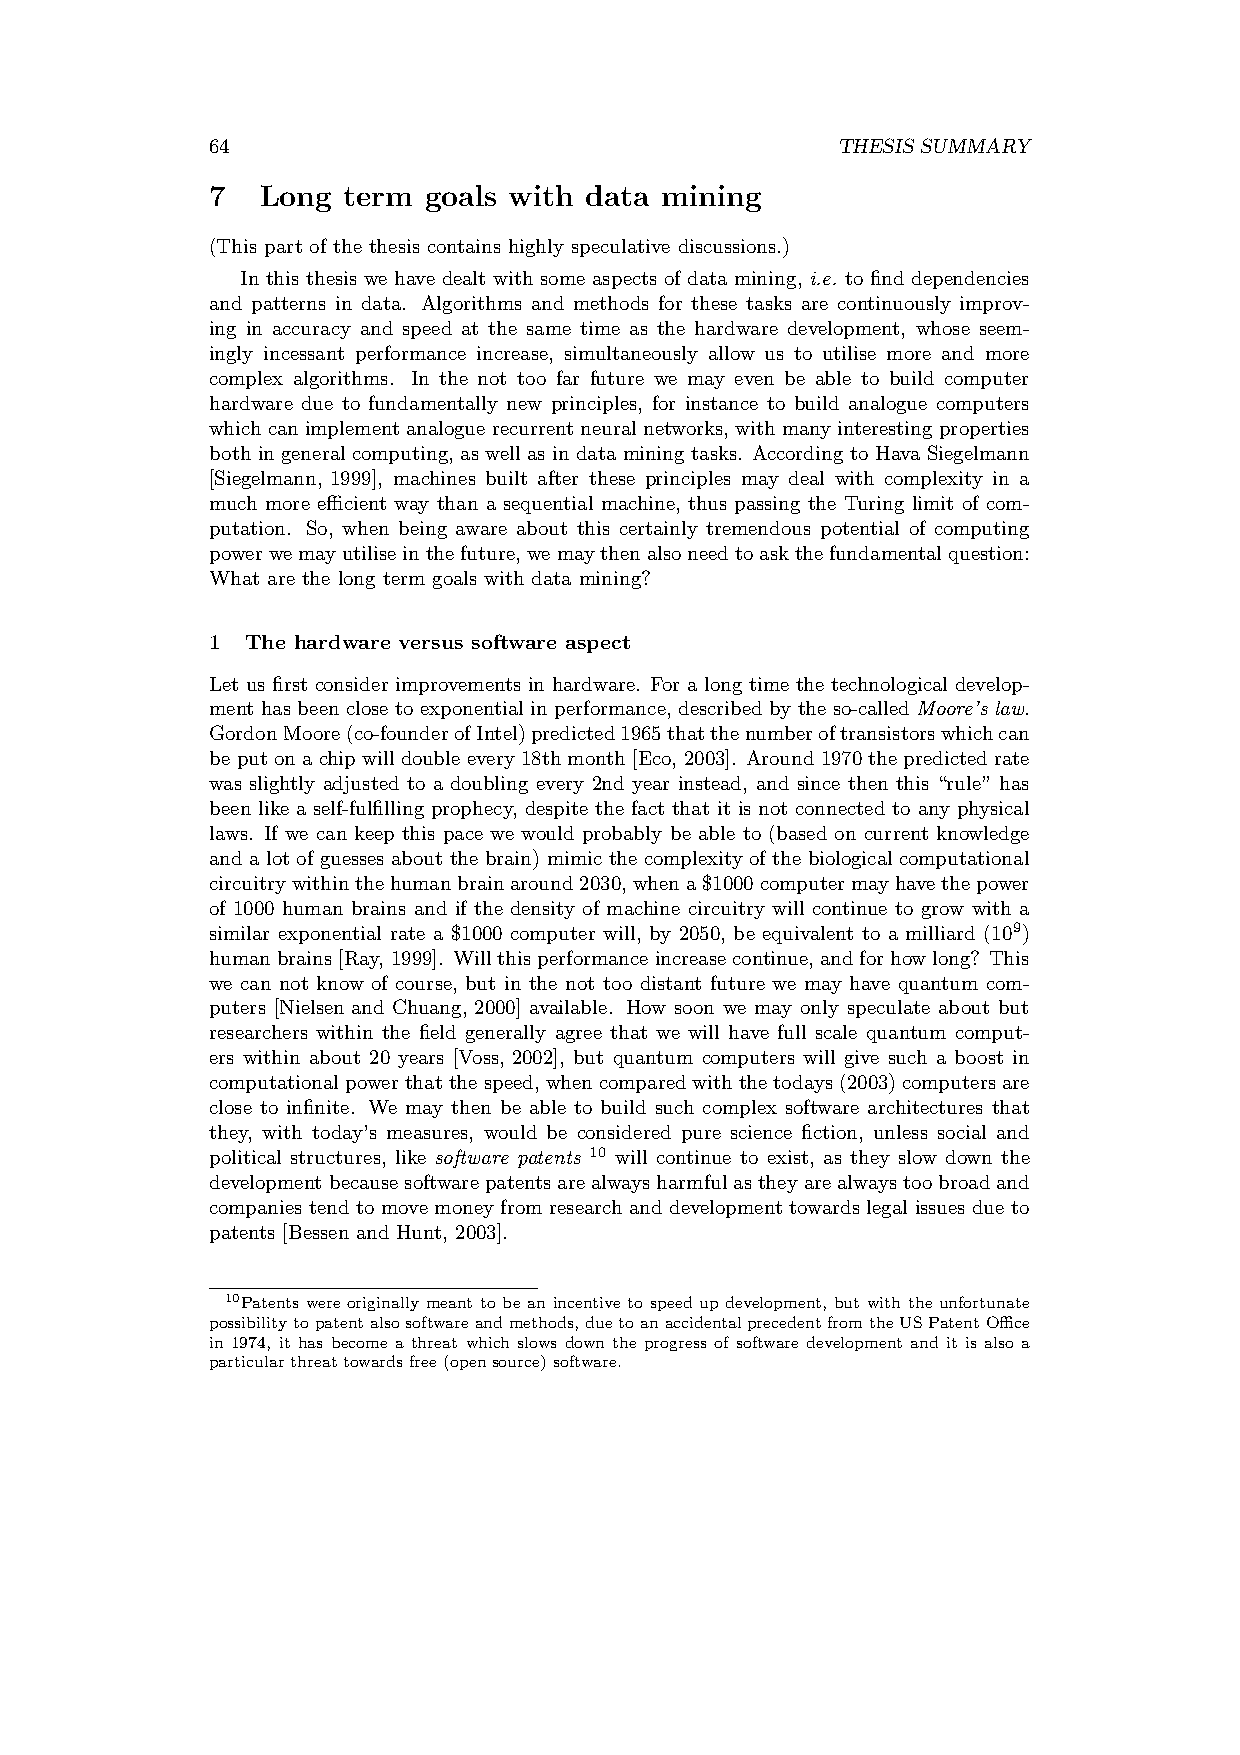
64                                       THESIS SUMMARY
 7  Long  term goals with data mining
 (This part of the thesis contains highly speculative discussions.)
 In this thesis we have dealt with some aspects of data mining, i.e. to find dependencies
 and patterns in data. Algorithms and methods for these tasks are continuously improv-
 ing in accuracy and speed at the same time as the hardware development, whose seem-
 ingly incessant performance increase, simultaneously allow us to utilise more and more
 complex algorithms. In the not too far future we may even be able to build computer
 hardware due to fundamentally new principles, for instance to build analogue computers
 whichcanimplementanaloguerecurrentneuralnetworks, withmanyinterestingproperties
 both in general computing, as well as in data mining tasks. According to Hava Siegelmann
 [Siegelmann, 1999], machines built after these principles may deal with complexity in a
 much more efficient way than a sequential machine, thus passing the Turing limit of com-
 putation. So, when being aware about this certainly tremendous potential of computing
 powerwemayutiliseinthefuture,wemaythenalsoneedtoaskthefundamentalquestion:
 What are the long term goals with data mining?
 1 The hardware versus software aspect
 Let us first consider improvements in hardware. For a long time the technological develop-
 ment has been close to exponential in performance, described by the so-called Moore’s law.
 GordonMoore(co-founderofIntel)predicted1965thatthenumberoftransistorswhichcan
 beputonachipwilldoubleevery18thmonth[Eco, 2003]. Around1970thepredictedrate
 was slightly adjusted to a doubling every 2nd year instead, and since then this “rule” has
 been like a self-fulfilling prophecy, despite the fact that it is not connected to any physical
 laws. If we can keep this pace we would probably be able to (based on current knowledge
 and a lot of guesses about the brain) mimic the complexity of the biological computational
 circuitrywithinthehumanbrainaround2030,whena$1000computermayhavethepower
 of 1000 human brains and if the density of machine circuitry will continue to grow with a
 similar exponential rate a $1000 computer will, by 2050, be equivalent to a milliard (109)
 humanbrains[Ray, 1999]. Willthisperformanceincreasecontinue,andforhowlong? This
 we can not know of course, but in the not too distant future we may have quantum com-
 puters [Nielsen and Chuang, 2000] available. How soon we may only speculate about but
 researchers within the field generally agree that we will have full scale quantum comput-
 ers within about 20 years [Voss, 2002], but quantum computers will give such a boost in
 computationalpowerthatthespeed,whencomparedwiththetodays(2003)computersare
 close to infinite. We may then be able to build such complex software architectures that
 they, with today’s measures, would be considered pure science fiction, unless social and
 political structures, like software patents 10 will continue to exist, as they slow down the
 developmentbecausesoftwarepatentsarealwaysharmfulastheyarealwaystoobroadand
 companies tend to move money from research and development towards legal issues due to
 patents [Bessen and Hunt, 2003].
 10Patents were originally meant to be an incentive to speed up development, but with the unfortunate
 possibilitytopatentalsosoftwareandmethods,duetoanaccidentalprecedentfromtheUSPatentOffice
 in 1974, it has become a threat which slows down the progress of software development and it is also a
 particularthreattowardsfree(opensource)software.